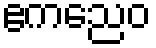
ဧကညေဝ